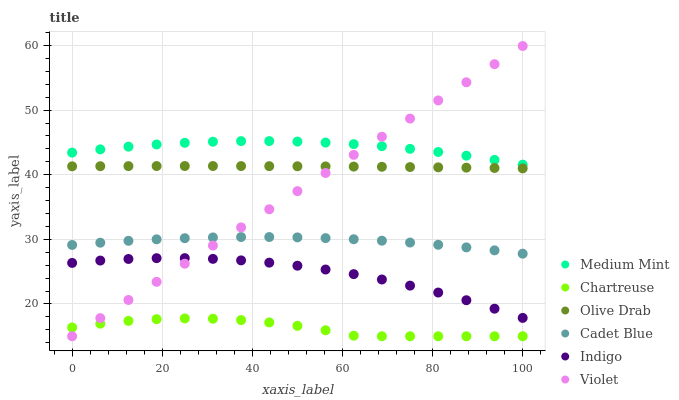
| xaxis_label | Medium Mint | Chartreuse | Olive Drab | Cadet Blue | Indigo | Violet |
 | --- | --- | --- | --- | --- | --- | --- |
 | 0 | 43.4 | 16.4 | 41.3 | 29.1 | 26.4 | 15 |
 | 6.25 | 43.9 | 16.9 | 41.3 | 29.5 | 26.7 | 17.8 |
 | 12.5 | 44.4 | 17.4 | 41.3 | 29.8 | 27 | 20.6 |
 | 18.8 | 44.7 | 17.6 | 41.3 | 30 | 27.1 | 23.4 |
 | 25 | 44.9 | 17.8 | 41.4 | 30.2 | 27.1 | 26.2 |
 | 31.2 | 45.1 | 17.7 | 41.3 | 30.3 | 27 | 29 |
 | 37.5 | 45.2 | 17.5 | 41.3 | 30.4 | 26.7 | 31.8 |
 | 43.8 | 45.2 | 17.1 | 41.3 | 30.4 | 26.4 | 34.7 |
 | 50 | 45.1 | 16.6 | 41.3 | 30.3 | 25.9 | 37.5 |
 | 56.2 | 45 | 15.9 | 41.3 | 30.2 | 25.3 | 40.3 |
 | 62.5 | 44.7 | 15.1 | 41.3 | 30 | 24.6 | 43.1 |
 | 68.8 | 44.4 | 15 | 41.2 | 29.8 | 23.8 | 45.9 |
 | 75 | 44 | 15 | 41.2 | 29.5 | 22.8 | 48.7 |
 | 81.2 | 43.5 | 15 | 41.1 | 29.2 | 21.8 | 51.5 |
 | 87.5 | 43 | 15 | 41.1 | 28.8 | 20.6 | 54.3 |
 | 93.8 | 42.3 | 15 | 41 | 28.3 | 19.3 | 57.1 |
 | 100 | 41.6 | 15 | 41 | 27.8 | 17.8 | 59.9 |